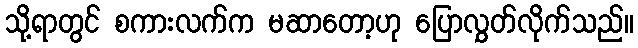
သို့ရာတွင် စကားလက်က မဆာတော့ဟု ပြောလွှတ်လိုက်သည်။